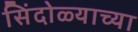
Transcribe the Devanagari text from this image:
सिंदोळ्याच्या